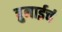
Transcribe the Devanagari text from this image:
ब्रुनाईचं